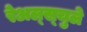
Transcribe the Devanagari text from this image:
रेअल्स्चुले